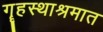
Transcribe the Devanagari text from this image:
गॄहस्थाश्रमात